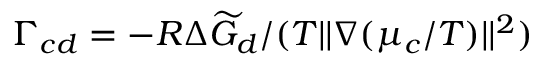
\Gamma _ { c d } = - { R \Delta \widetilde { G } _ { d } } / ( T | | \nabla ( { \mu _ { c } } / { T } ) | | ^ { 2 } )